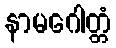
နာမဂေါတ္တံ